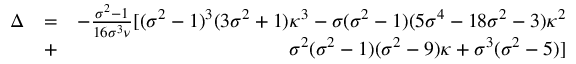
\begin{array} { r l r } { \Delta } & { = } & { - \frac { \sigma ^ { 2 } - 1 } { 1 6 \sigma ^ { 3 } \nu } [ ( \sigma ^ { 2 } - 1 ) ^ { 3 } ( 3 \sigma ^ { 2 } + 1 ) \kappa ^ { 3 } - \sigma ( \sigma ^ { 2 } - 1 ) ( 5 \sigma ^ { 4 } - 1 8 \sigma ^ { 2 } - 3 ) \kappa ^ { 2 } } \\ & { + } & { \sigma ^ { 2 } ( \sigma ^ { 2 } - 1 ) ( \sigma ^ { 2 } - 9 ) \kappa + \sigma ^ { 3 } ( \sigma ^ { 2 } - 5 ) ] } \end{array}